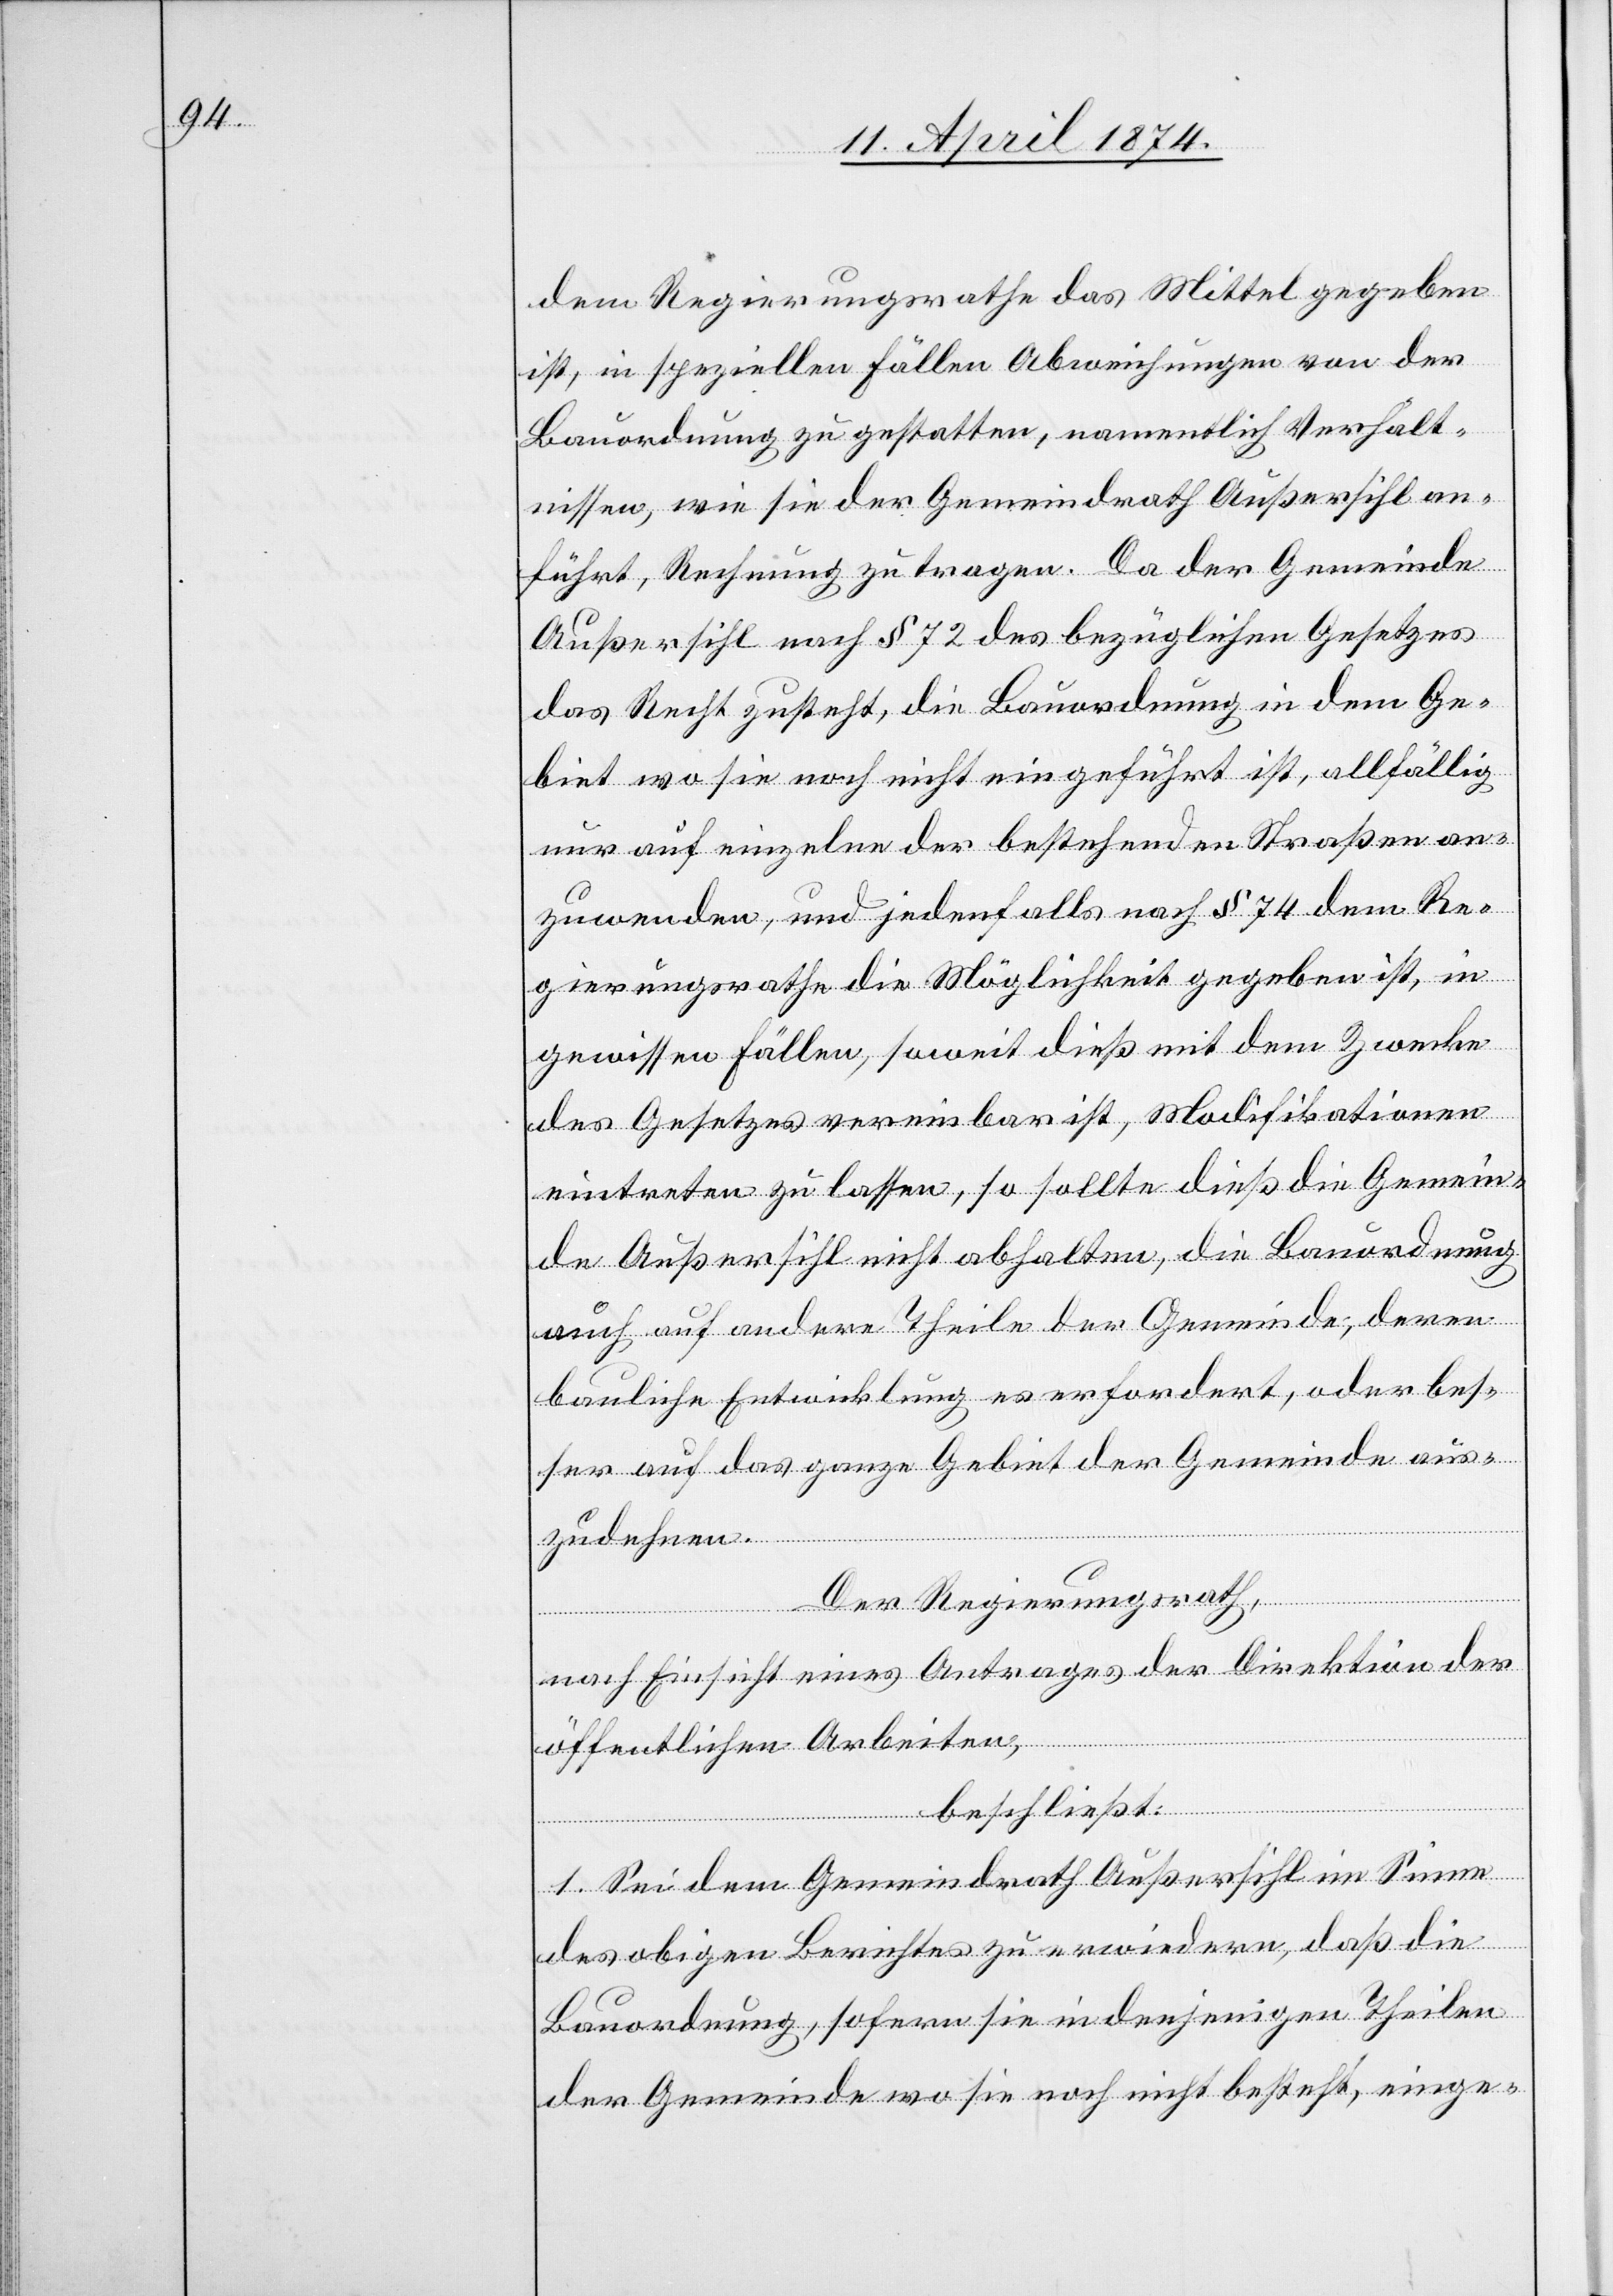
dem Regierungsrathe das Mittel gegeben
ist, in speziellen Fällen Abweichungen von der
Bauordnung zu gestatten, namentlich Verhält¬
nissen, wie sie der Gemeindrath Außersihl an¬
führt, Rechnung zu tragen. Da der Gemeinde
Außersihl nach § 72 des bezüglichen Gesetzes
das Recht zusteht, die Bauordnung in dem Ge¬
biet wo sie noch nicht eingeführt ist, allfällig
nur auf einzelne der bestehenden Straßen an¬
zuwenden, und jedenfalls nach § 74 dem Re¬
gierungsrathe die Möglichkeit gegeben ist, in
gewissen Fällen, soweit dieß mit dem Zwecke
des Gesetzes vereinbar ist, Modifikationen
eintreten zu lassen, so sollte dieß die Gemein¬
de Außersihl nicht abhalten, die Bauordnung
auch auf andere Theile der Gemeinde, deren
bauliche Entwicklung es erfordert, oder bes¬
ser auf das ganze Gebiet der Gemeinde aus¬
zudehnen.
Der Regierungsrath,
nach Einsicht eines Antrages der Direktion der
öffentlichen Arbeiten,
beschließt:
1. Sei dem Gemeindrath Außersihl im Sinne
des obigen Berichtes zu erwiedern, daß die
Bauordnung, sofern sie in denjenigen Theilen
der Gemeinde wo sie noch nicht besteht, einge-